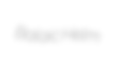
Balaic Helm